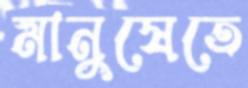
মানুষেতে